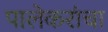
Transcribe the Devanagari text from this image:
पालेकरांचा